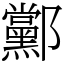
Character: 䣣